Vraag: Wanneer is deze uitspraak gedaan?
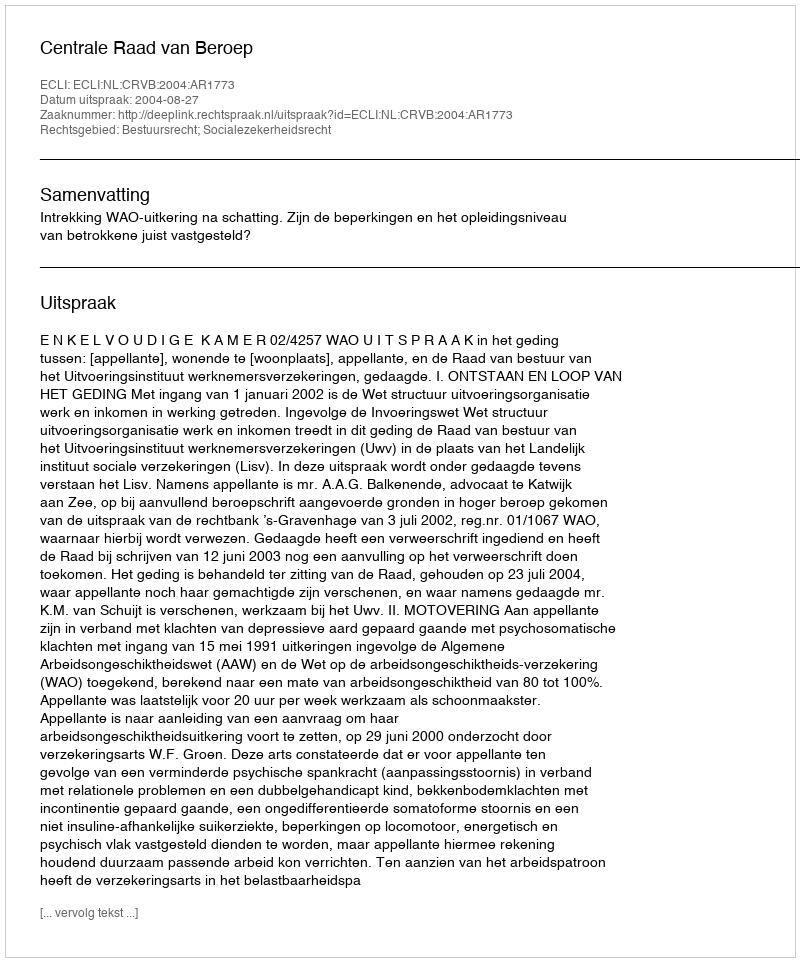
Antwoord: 2004-08-27